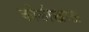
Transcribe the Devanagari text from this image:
कोळीखाऊ